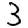
Digit: 3